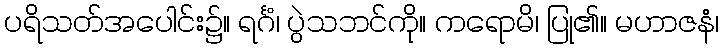
ပရိသတ်အပေါင်း၌။ ရင်္ဂံ၊ ပွဲသဘင်ကို။ ကရောမိ၊ ပြု၏။ မဟာဇနံ၊